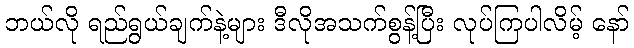
ဘယ်လို ရည်ရွယ်ချက်နဲ့များ ဒီလိုအသက်စွန့်ပြီး လုပ်ကြပါလိမ့် နော်